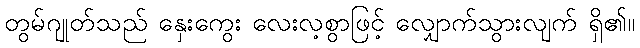
တွမ်ဂျုတ်သည် နှေးကွေး လေးလ့စွာဖြင့် လျှောက်သွားလျက် ရှိ၏။